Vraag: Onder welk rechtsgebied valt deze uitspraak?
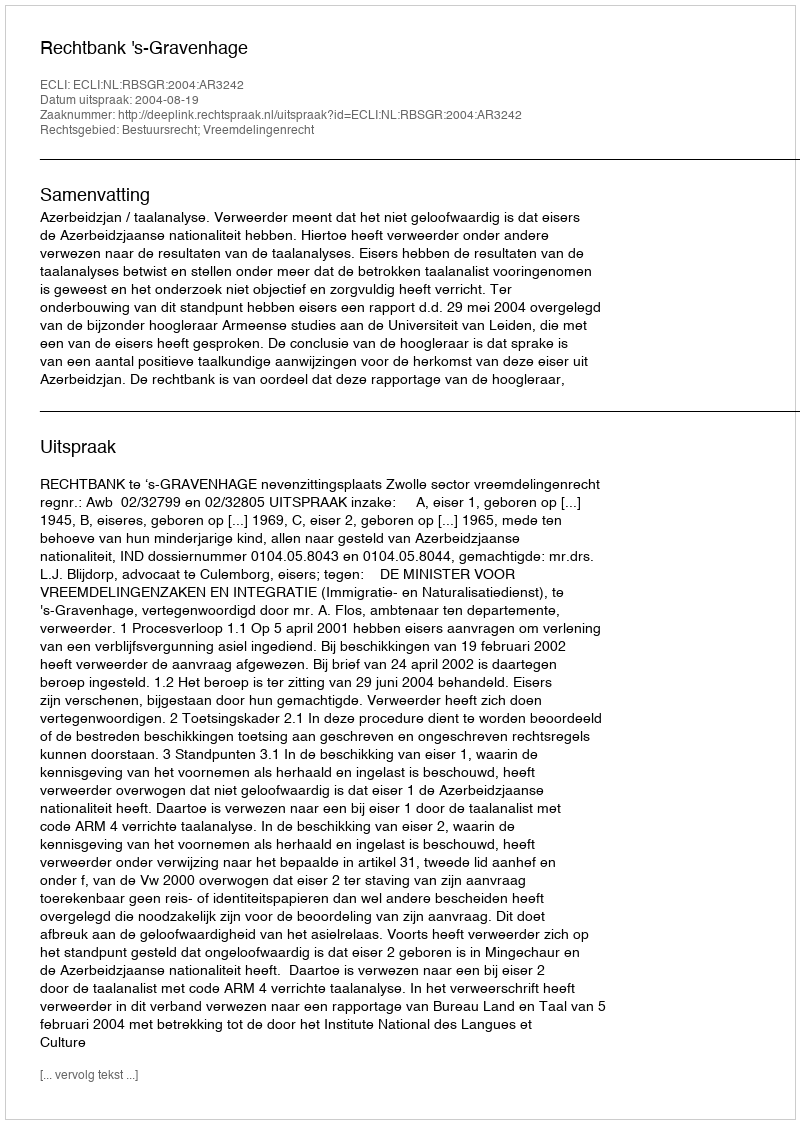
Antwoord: Bestuursrecht; Vreemdelingenrecht